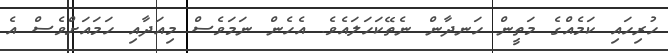
ހުރިހައި ކަމެއްގެ މަތީން ހަނދާން ނެތޭކަހަލައެވެ. އެހެން ނަމަވެސް މިއަދާއި ހަމައަށްވެސް އެ